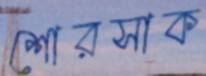
শোরসাক